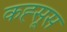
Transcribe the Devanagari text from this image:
कह्सूस